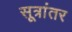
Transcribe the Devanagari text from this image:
सूत्रांतर